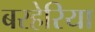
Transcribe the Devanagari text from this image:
बरहेरिया